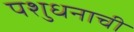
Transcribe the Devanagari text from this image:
पशुधनाची